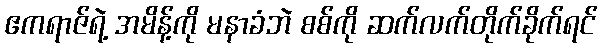
ဧကရာဇ်ရဲ့ အမိန့်ကို မနာခံဘဲ စစ်ကို ဆက်လက်တိုက်ခိုက်ရင်